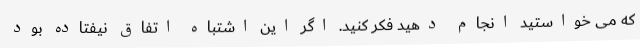
که می خواستید انجام دهید فکر کنید. اگر این اشتباه اتفاق نیفتاده بود